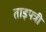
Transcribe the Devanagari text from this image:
ताड़पत्री